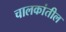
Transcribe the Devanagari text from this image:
चालकांतील